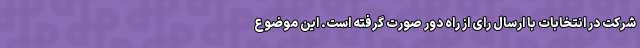
شرکت در انتخابات با ارسال رای از راه دور صورت گرفته است. این موضوع